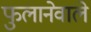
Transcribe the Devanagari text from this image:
फुलानेवाले